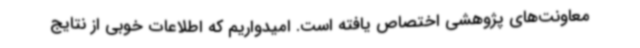
معاونت‌های پژوهشی اختصاص یافته است. امیدواریم که اطلاعات خوبی از نتایج